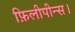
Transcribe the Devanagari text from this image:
फ़िलीपीन्स।